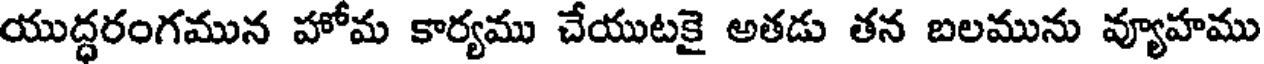
యుద్ధరంగమున హోమ కార్యము చేయుటకై అతడు తన బలమును వ్యూహము